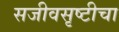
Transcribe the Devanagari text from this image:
सजीवसृष्टीचा